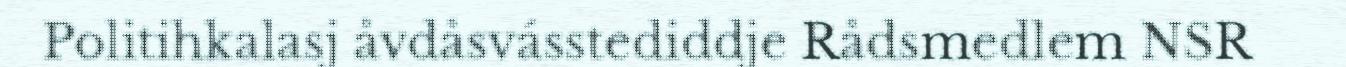
Politihkalasj åvdåsvásstediddje Rådsmedlem NSR